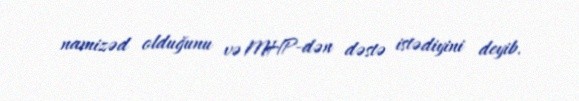
namizəd olduğunu və MHP-dən dəstə istədiyini deyib.